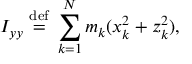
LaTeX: I _ { y y } \ { \stackrel { \mathrm { d e f } } { = } } \ \sum _ { k = 1 } ^ { N } m _ { k } ( x _ { k } ^ { 2 } + z _ { k } ^ { 2 } ) , \,